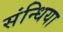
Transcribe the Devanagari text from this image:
संन्धिया